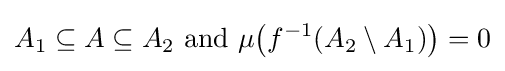
A_{1}\subseteq A\subseteq A_{2}{\mbox{ and }}\mu {\big (}f^{-1}(A_{2}\setminus A_{1}){\big )}=0